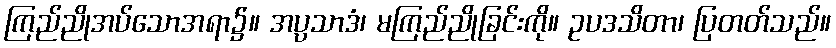
ကြည်ညိုအပ်သောအရာ၌။ အပ္ပသာဒံ၊ မကြည်ညိုခြင်းကို။ ဥပဒသိတာ၊ ပြတတ်သည်။